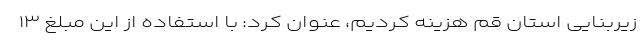
زیربنایی استان قم هزینه کردیم، عنوان کرد: با استفاده از این مبلغ ۱۳